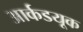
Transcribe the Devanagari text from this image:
आर्कडयूक